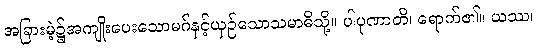
အခြားမဲ့၌အကျိုးပေးသောမဂ်နှင့်ယှဉ်သောသမာဓိသို့။ ပါပုဏာတိ၊ ရောက်၏။ ယဿ၊